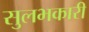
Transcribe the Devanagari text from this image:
सुलभकारी